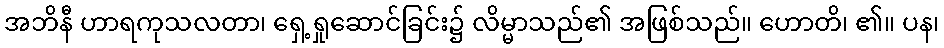
အဘိနီ ဟာရကုသလတာ၊ ရှေ့ရှုဆောင်ခြင်း၌ လိမ္မာသည်၏ အဖြစ်သည်။ ဟောတိ၊ ၏။ ပန၊